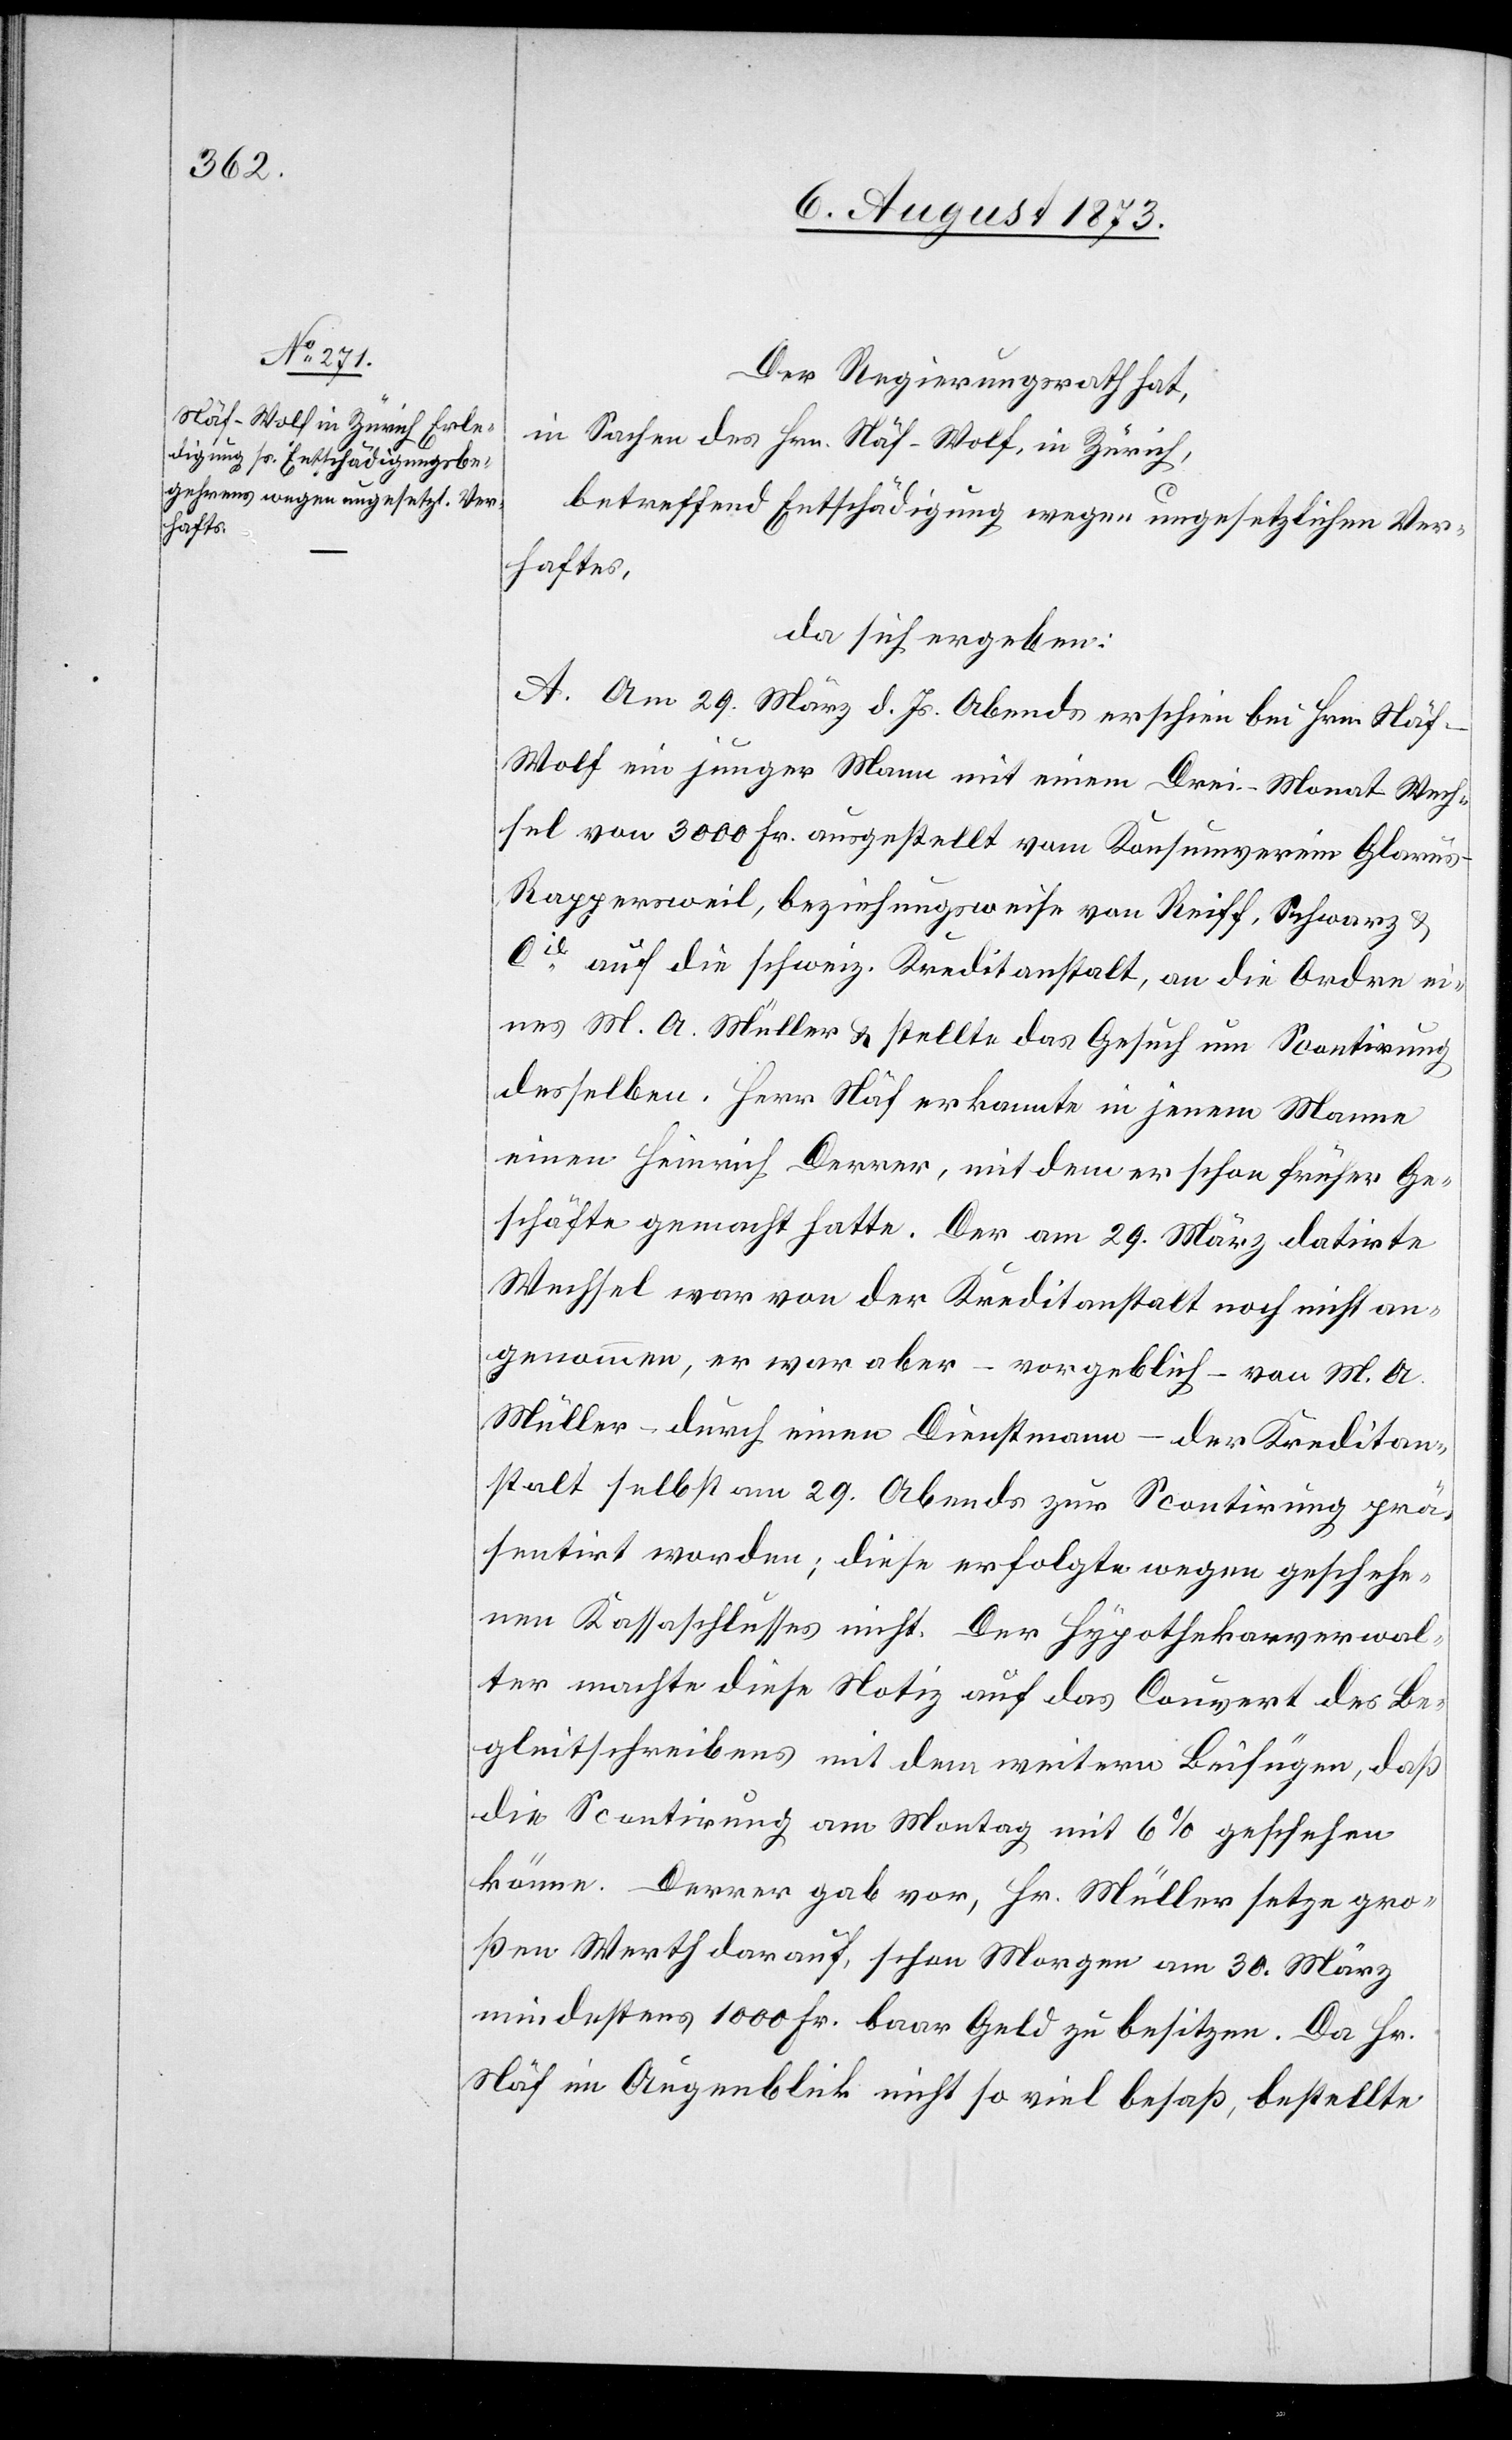
Der Regierungsrath hat,
in Sachen des Hrn. Näf-Wolf, in Zürich,
betreffend Entschädigung wegen ungesetzlichen Ver¬
haftes,
da sich ergeben:
A. Am 29. März d. Js. Abends erschien bei Hrn. Näf-W¬
olf ein junger Mann mit einem Drei-Monat-Wech¬
sel von 3 000 Fr. ausgestellt vom Konsumverein Glaru¬
s-Rappersweil, beziehungsweise von Reiff, Schwarz &
Cie auf die schweiz. Kreditanstalt, an die Ordre ei¬
nes M. A. Müller & stellte das Gesuch um Scontirung
desselben. Herr Näf erkannte in jenem Manne
einen Heinrich Derrer, mit dem er schon früher Ge¬
schäfte gemacht hatte. Der am 29. März datirte
Wechsel war von der Kreditanstalt noch nicht an¬
genommen, er war aber – vorgeblich – von M. A.
Müller – durch einen Dienstmann – der Kreditan¬
stalt selbst am 29. Abends zur Scontirung prä¬
sentirt worden; diese erfolgte wegen geschehe¬
nen Kassaschlusses nicht. Der Hypothekarverwal¬
ter machte diese Notiz auf das Couvert des Be¬
gleitschreibens mit dem weitern Beifügen, daß
die Scontirung am Montag mit 6% geschehen
könne. Derrer gab vor, Hr. Müller setze gro¬
ßen Werth darauf, schon Morgen am 30. März
mindestens 1 000 Fr. baar Geld zu besitzen. Da Hr.
Näf im Augenblich nicht so viel besaß, bestellte